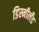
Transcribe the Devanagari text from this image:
डिस्नीलँड